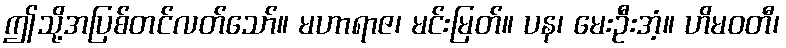
ဤသို့အပြစ်တင်လတ်သော်။ မဟာရာဇ၊ မင်းမြတ်။ ပန၊ မေးဦးအံ့။ ဟိမဝတီ၊